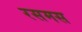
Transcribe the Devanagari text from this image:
रसमस